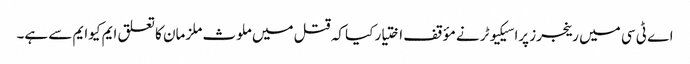
اے ٹی سی میں رینجرز پراسیکیوٹر نے مؤقف اختیار کیا کہ قتل میں ملوث ملزمان کا تعلق ایم کیوایم سے ہے۔